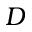
D